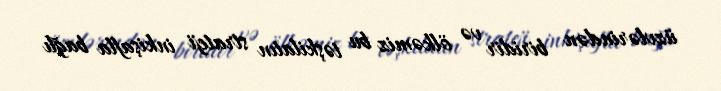
üzvlərindən biridir və ölkəmiz bu təşkilatın strateji inkişafla bağlı